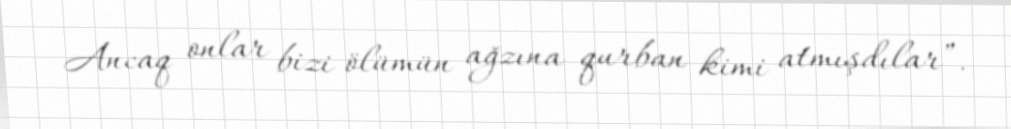
Ancaq onlar bizi ölümün ağzına qurban kimi atmışdılar”.